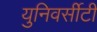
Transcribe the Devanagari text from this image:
युनिवर्सीटी